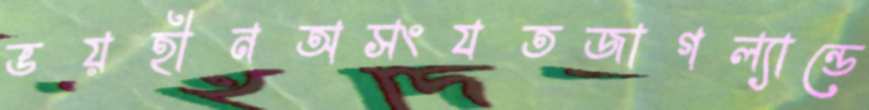
ভয়হীনঅসংযতজাগল্যান্ডে